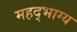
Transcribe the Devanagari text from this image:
महद्‌भाग्य